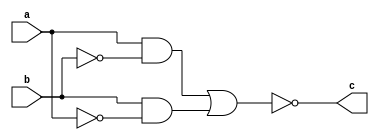
module equivalence(a,b,c); 

input a,b; 
output c;

wire a,b,c;


and(a_and, a, bn);
and(b_and, b, an);
not(an, a);
not(bn, b);
or(x, a_and, b_and);
not(c, x);

endmodule